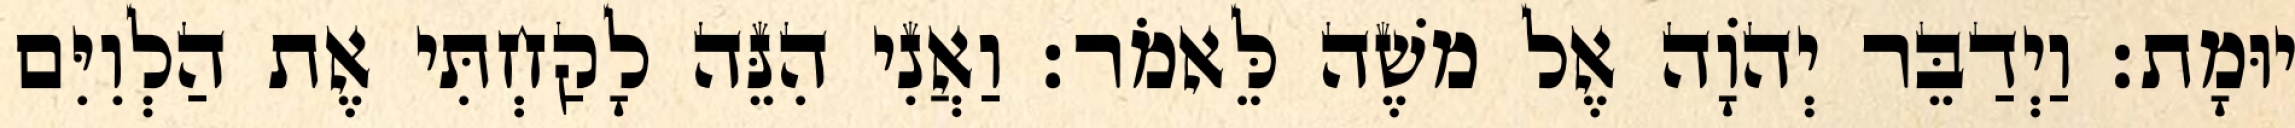
יוּמָת׃ וַיְדַבֵּר יְהוָֹה אֶל משֶׁה לֵּאמֹר׃ וַאֲנִי הִנֵּה לָקַחְתִּי אֶת הַלְוִיִּם